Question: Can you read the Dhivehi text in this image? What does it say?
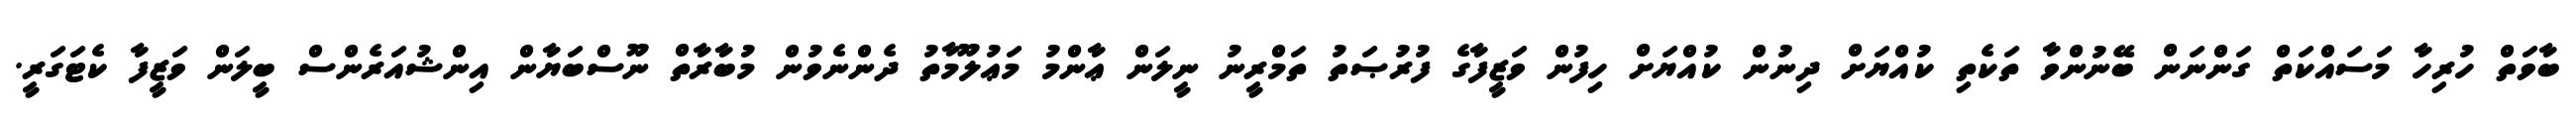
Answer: ބާވަތް ހުރިހާ މަސައްކަތް ގަންނަން ބޭނުންވާ ތަކެތި ކުއްޔަށް ދިނުން ކުއްޔަށް ހިފުން ވަޒީފާގެ ފުރުޞަތު ތަމްރީނު ނީލަން ޢާންމު މަޢުލޫމާތު ދެންނެވުން މުބާރާތް ނޫސްބަޔާން އިންޝުއަރެންސް ބީލަން ވަޒީފާ ކެޓަގަރީ.